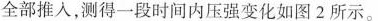
全部推入，测得一段时间内压强变化如图2所示。